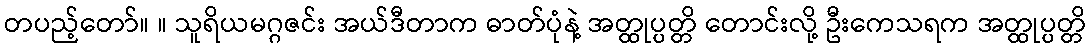
တပည့်တော်။ ။ သူရိယမဂ္ဂဇင်း အယ်ဒီတာက ဓာတ်ပုံနဲ့ အတ္ထုပ္ပတ္တိ တောင်းလို့ ဦးကေသရက အတ္ထုပ္ပတ္တိ